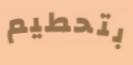
بتحطيم